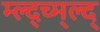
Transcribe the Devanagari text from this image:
म्ल्द्च्म्ल्द्